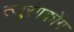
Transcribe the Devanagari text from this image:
त्जुरंगकोंग